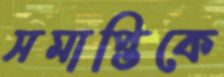
সমাপ্তিকে